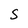
Character: S